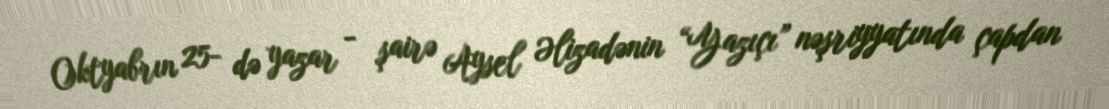
Oktyabrın 25- də yazar - şairə Aysel Əlizadənin “Yazıçı” nəşriyyatında çapdan